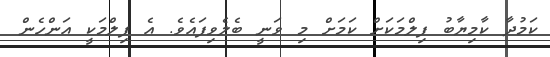
ކަމުދާ ކާމިޔާބު ފިލްމަކަށް ކަމަށް މި ވަނީ ބެލެވިފައެވެ. އެ ފިލްމަކީ އަންހެން